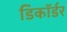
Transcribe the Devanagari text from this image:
डिकॉर्डर